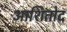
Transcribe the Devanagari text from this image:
आशितोद